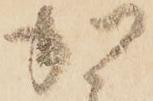
加